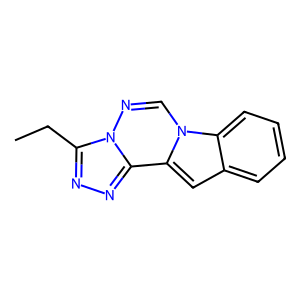
SMILES: CCc1nnc2c3cc4ccccc4n3cnn12
Inhibits HIV replication: No